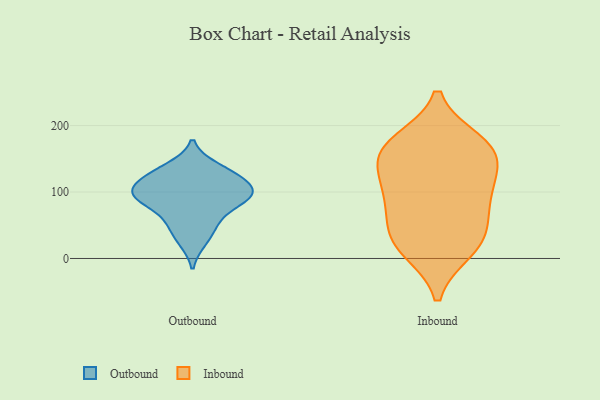
{"axis": {"x": "Temperature (°C)", "y": "Value"}, "legend": ["Inbound", "Outbound"], "data": [{"x": "", "y": 26, "type": "Outbound"}, {"x": "", "y": 94, "type": "Outbound"}, {"x": "", "y": 113, "type": "Outbound"}, {"x": "", "y": 96, "type": "Outbound"}, {"x": "", "y": 126, "type": "Outbound"}, {"x": "", "y": 48, "type": "Outbound"}, {"x": "", "y": 125, "type": "Outbound"}, {"x": "", "y": 99, "type": "Outbound"}, {"x": "", "y": 90, "type": "Outbound"}, {"x": "", "y": 62, "type": "Outbound"}, {"x": "", "y": 137, "type": "Outbound"}, {"x": "", "y": 90, "type": "Outbound"}, {"x": "", "y": 148, "type": "Inbound"}, {"x": "", "y": 162, "type": "Inbound"}, {"x": "", "y": 74, "type": "Inbound"}, {"x": "", "y": 175, "type": "Inbound"}, {"x": "", "y": 115, "type": "Inbound"}, {"x": "", "y": 17, "type": "Inbound"}, {"x": "", "y": 169, "type": "Inbound"}, {"x": "", "y": 13, "type": "Inbound"}, {"x": "", "y": 159, "type": "Inbound"}, {"x": "", "y": 101, "type": "Inbound"}, {"x": "", "y": 95, "type": "Inbound"}, {"x": "", "y": 38, "type": "Inbound"}, {"x": "", "y": 37, "type": "Inbound"}]}